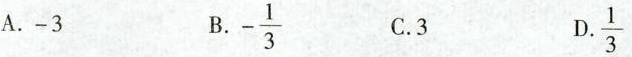
A.-3 B. $$- \ f r a c { 1 } { 3 }$$ C.3 D.$$\ f r a c {1 } { 3 }$$